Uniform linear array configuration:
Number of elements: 4
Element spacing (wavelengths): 0.25
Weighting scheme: hann
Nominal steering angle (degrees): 45
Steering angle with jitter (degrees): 43.772
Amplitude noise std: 0.05
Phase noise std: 0.05

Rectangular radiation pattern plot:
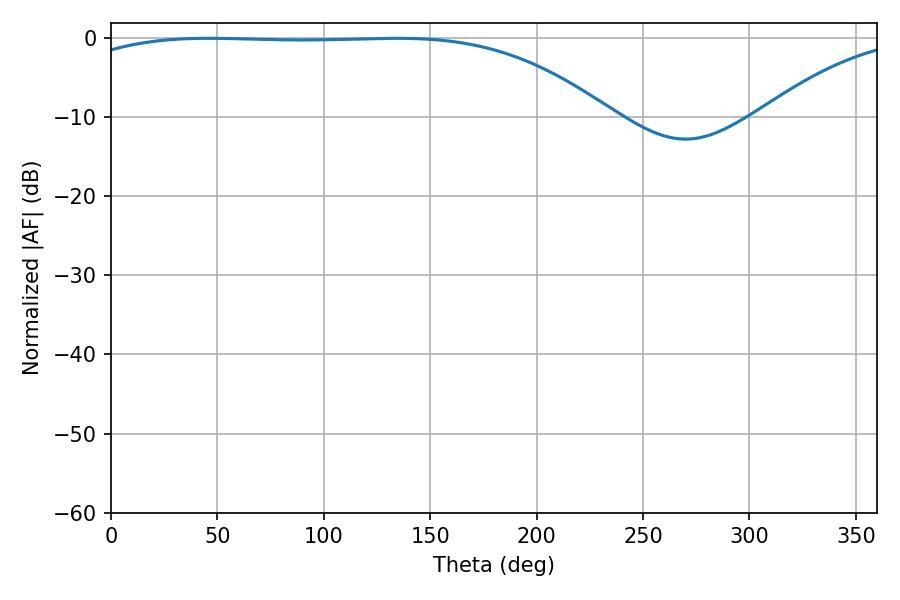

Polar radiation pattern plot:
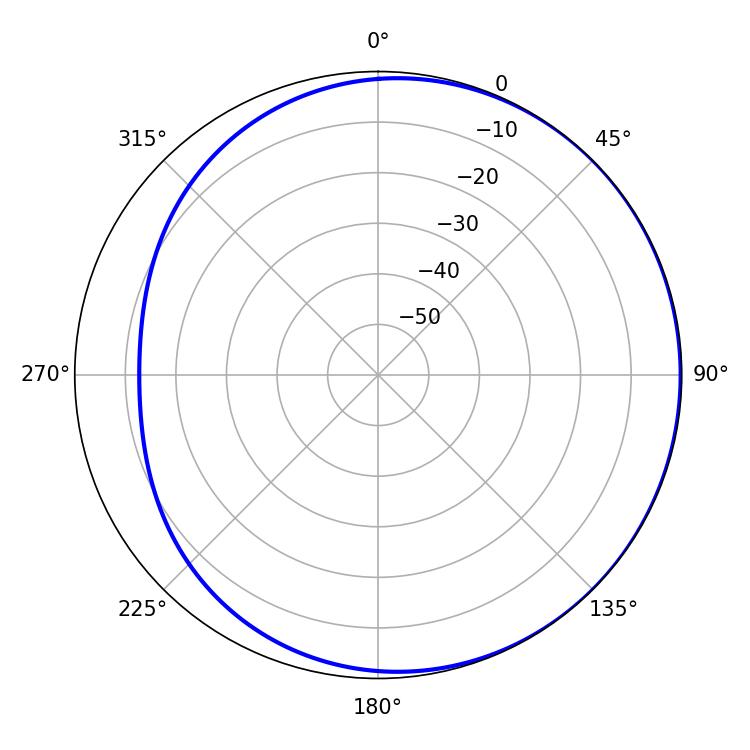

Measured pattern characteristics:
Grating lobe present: FALSE
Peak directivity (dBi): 0.9617
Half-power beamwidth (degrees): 196.38
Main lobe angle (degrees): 46.08